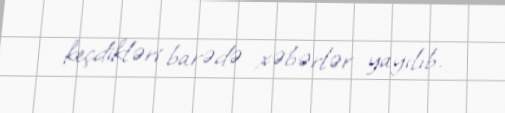
keçdikləri barədə xəbərlər yayılıb.